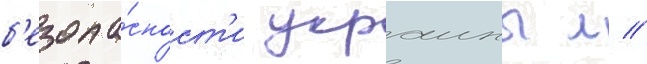
б'езопа́сност'и украины л //